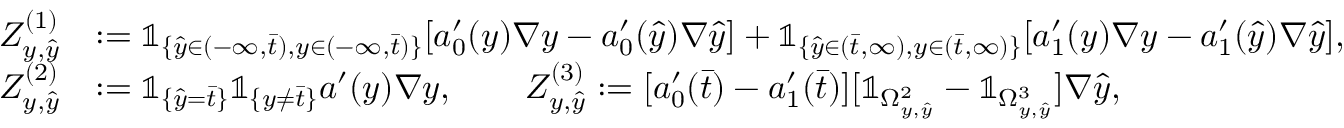
\begin{array} { r l } { Z _ { y , \hat { y } } ^ { ( 1 ) } } & { : = \mathbb { 1 } _ { \{ \hat { y } \in ( - \infty , \bar { t } ) , y \in ( - \infty , \bar { t } ) \} } [ a _ { 0 } ^ { \prime } ( y ) \nabla y - a _ { 0 } ^ { \prime } ( \hat { y } ) \nabla \hat { y } ] + \mathbb { 1 } _ { \{ \hat { y } \in ( \bar { t } , \infty ) , y \in ( \bar { t } , \infty ) \} } [ a _ { 1 } ^ { \prime } ( y ) \nabla y - a _ { 1 } ^ { \prime } ( \hat { y } ) \nabla \hat { y } ] , } \\ { Z _ { y , \hat { y } } ^ { ( 2 ) } } & { : = \mathbb { 1 } _ { \{ \hat { y } = \bar { t } \} } \mathbb { 1 } _ { \{ y \neq \bar { t } \} } a ^ { \prime } ( y ) \nabla y , \qquad Z _ { y , \hat { y } } ^ { ( 3 ) } : = [ a _ { 0 } ^ { \prime } ( \bar { t } ) - a _ { 1 } ^ { \prime } ( \bar { t } ) ] [ \mathbb { 1 } _ { \Omega _ { y , \hat { y } } ^ { 2 } } - \mathbb { 1 } _ { \Omega _ { y , \hat { y } } ^ { 3 } } ] \nabla \hat { y } , } \end{array}